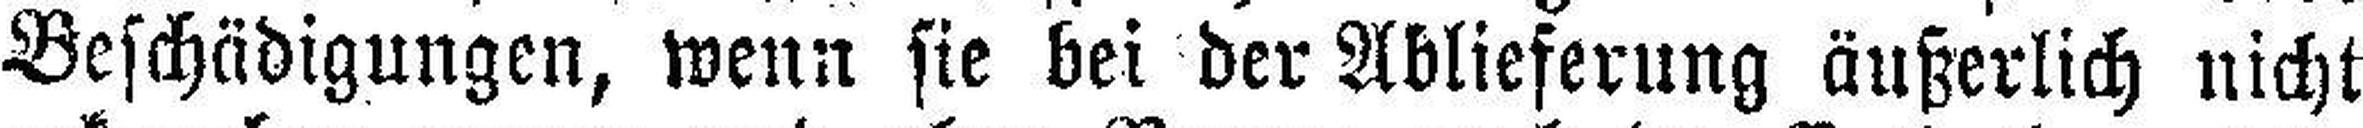
Beschädigungen, wenn sie bei der Ablieferung äußerlich nicht